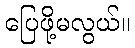
ပြေဖို့မလွယ်။